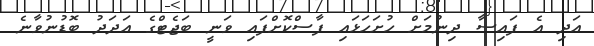
އަދި އެ ފައިސާ ދިނުމަށް ހުށަހަޅައި ފާސްކޮށްފައި ވަނީ ބަޖެޓްގެ އަދަދު ބޮޑުނުވާނެ